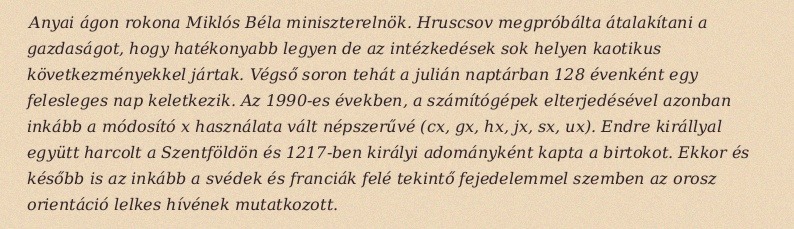
Anyai ágon rokona Miklós Béla miniszterelnök. Hruscsov megpróbálta átalakítani a gazdaságot, hogy hatékonyabb legyen de az intézkedések sok helyen kaotikus következményekkel jártak. Végső soron tehát a julián naptárban 128 évenként egy felesleges nap keletkezik. Az 1990-es években, a számítógépek elterjedésével azonban inkább a módosító x használata vált népszerűvé (cx, gx, hx, jx, sx, ux). Endre királlyal együtt harcolt a Szentföldön és 1217-ben királyi adományként kapta a birtokot. Ekkor és később is az inkább a svédek és franciák felé tekintő fejedelemmel szemben az orosz orientáció lelkes hívének mutatkozott.